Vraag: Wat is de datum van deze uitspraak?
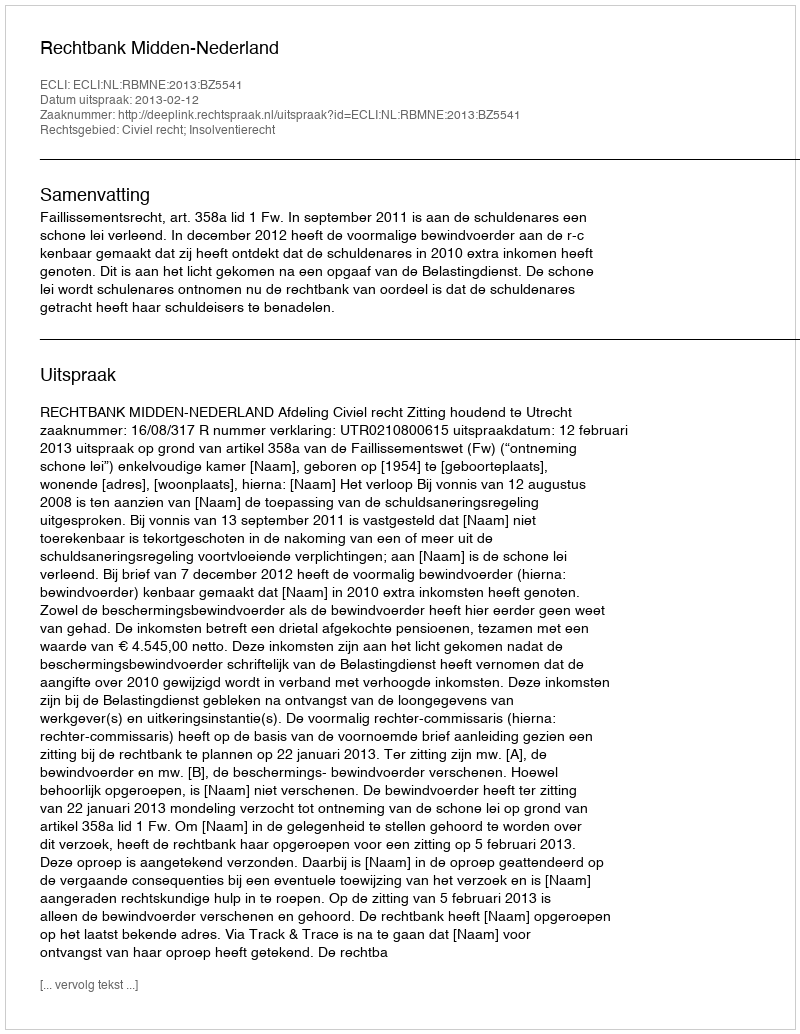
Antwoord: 2013-02-12